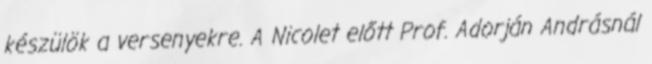
készülök a versenyekre. A Nicolet előtt Prof. Adorján Andrásnál